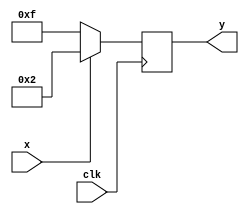
module test(
    input x,
    input clk,
    output reg [3 : 0] y
);

    always @(posedge clk)
        case(x)
        1'b1:
            y = 2;
        default:
            y = 4'b1111;
        endcase
endmodule